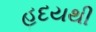
હદયથી